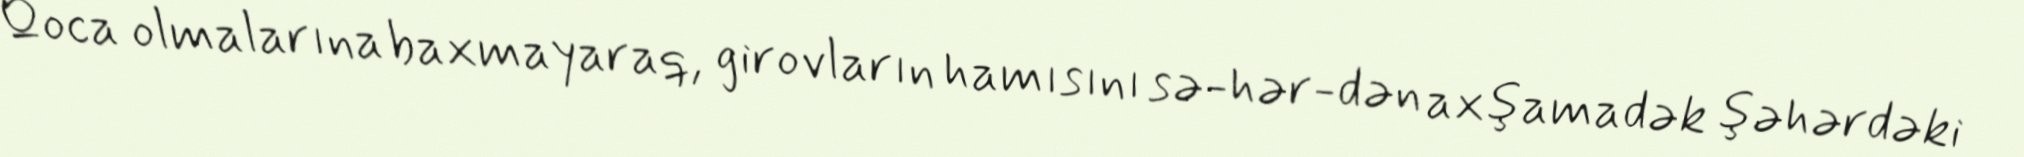
Qoca olmalarına baxmayaraq, girovların hamısını sə­hər­dən axşamadək şəhərdəki